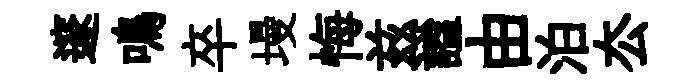
邃鳴卒墁悔兹謐由泊厺